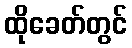
ထိုခေတ်တွင်